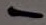
Text: -